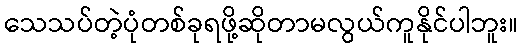
သေသပ်တဲ့ပုံတစ်ခုရဖို့ဆိုတာမလွယ်ကူနိုင်ပါဘူး။